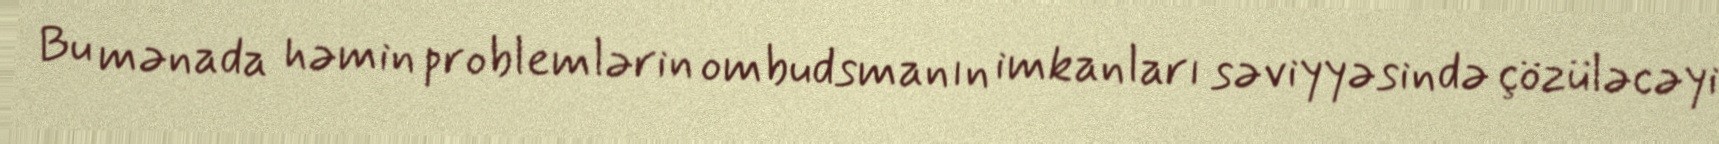
Bu mənada həmin problemlərin ombudsmanın imkanları səviyyəsində çözüləcəyi